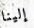
إلينا